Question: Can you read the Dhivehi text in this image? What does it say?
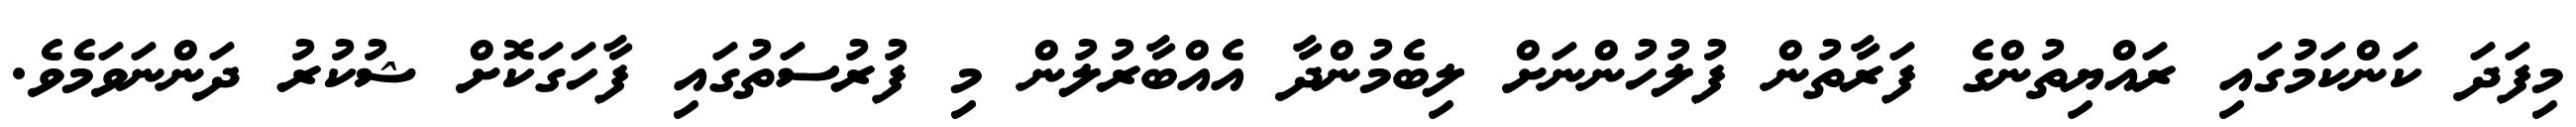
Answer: މިފަދަ ކަންކަމުގައި ރައްޔިތުންގެ ފަރާތުން ފުލުހުންނަށް ލިބެމުންދާ އެއްބާރުލުން މި ފުރުސަތުގައި ފާހަގަކޮށް ޝުކުރު ދަންނަވަމެވެ.